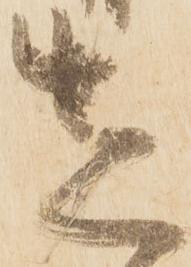
先